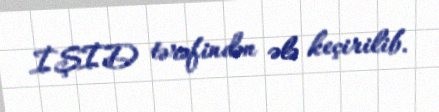
İŞİD tərəfindən ələ keçirilib.